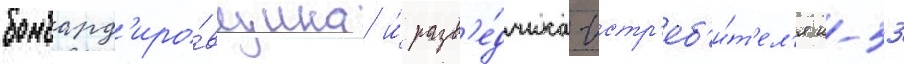
бомбард'иро́вщика и́ разв'е́дчика-истр'еб'и́т'ел'я к-53